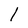
Character: 1